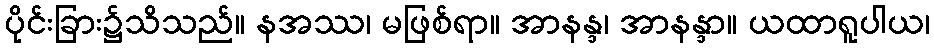
ပိုင်းခြား၌သိသည်။ နအဿ၊ မဖြစ်ရာ။ အာနန္ဒ၊ အာနန္ဒာ။ ယထာရူပါယ၊